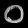
Digit: ၀